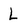
Character: L